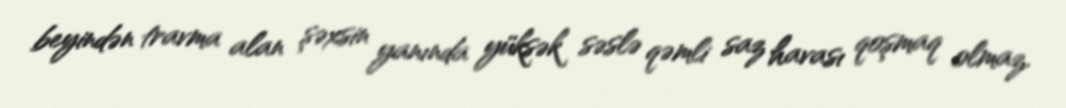
beyindən travma alan şəxsin yanında yüksək səslə qəmli saz havası qoşmaq olmaz.